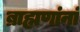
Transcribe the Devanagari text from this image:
ब्राह्मणांनां